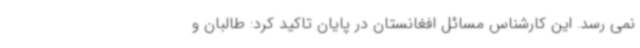
نمی رسد. این کارشناس مسائل افغانستان در پایان تاکید کرد: طالبان و